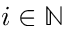
i \in \mathbb N